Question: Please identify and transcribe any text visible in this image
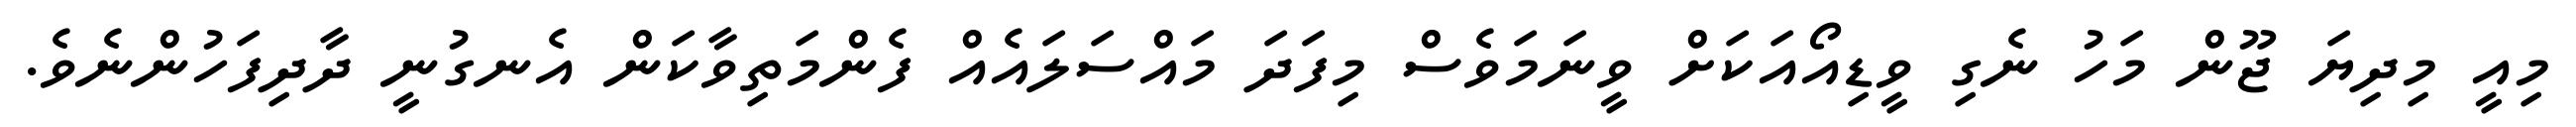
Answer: މިއީ މިދިޔަ ޖޫން މަހު ނެގި ވީޑިއޯއަކަށް ވީނަމަވެސް މިފަދަ މައްސަލައެއް ފެންމަތިވާކަން އެނގުނީ ދާދިފަހުންނެވެ.